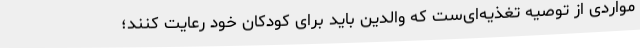
مواردی از توصیه تغذیه‌ای‌ست که والدین باید برای کودکان خود رعایت کنند؛